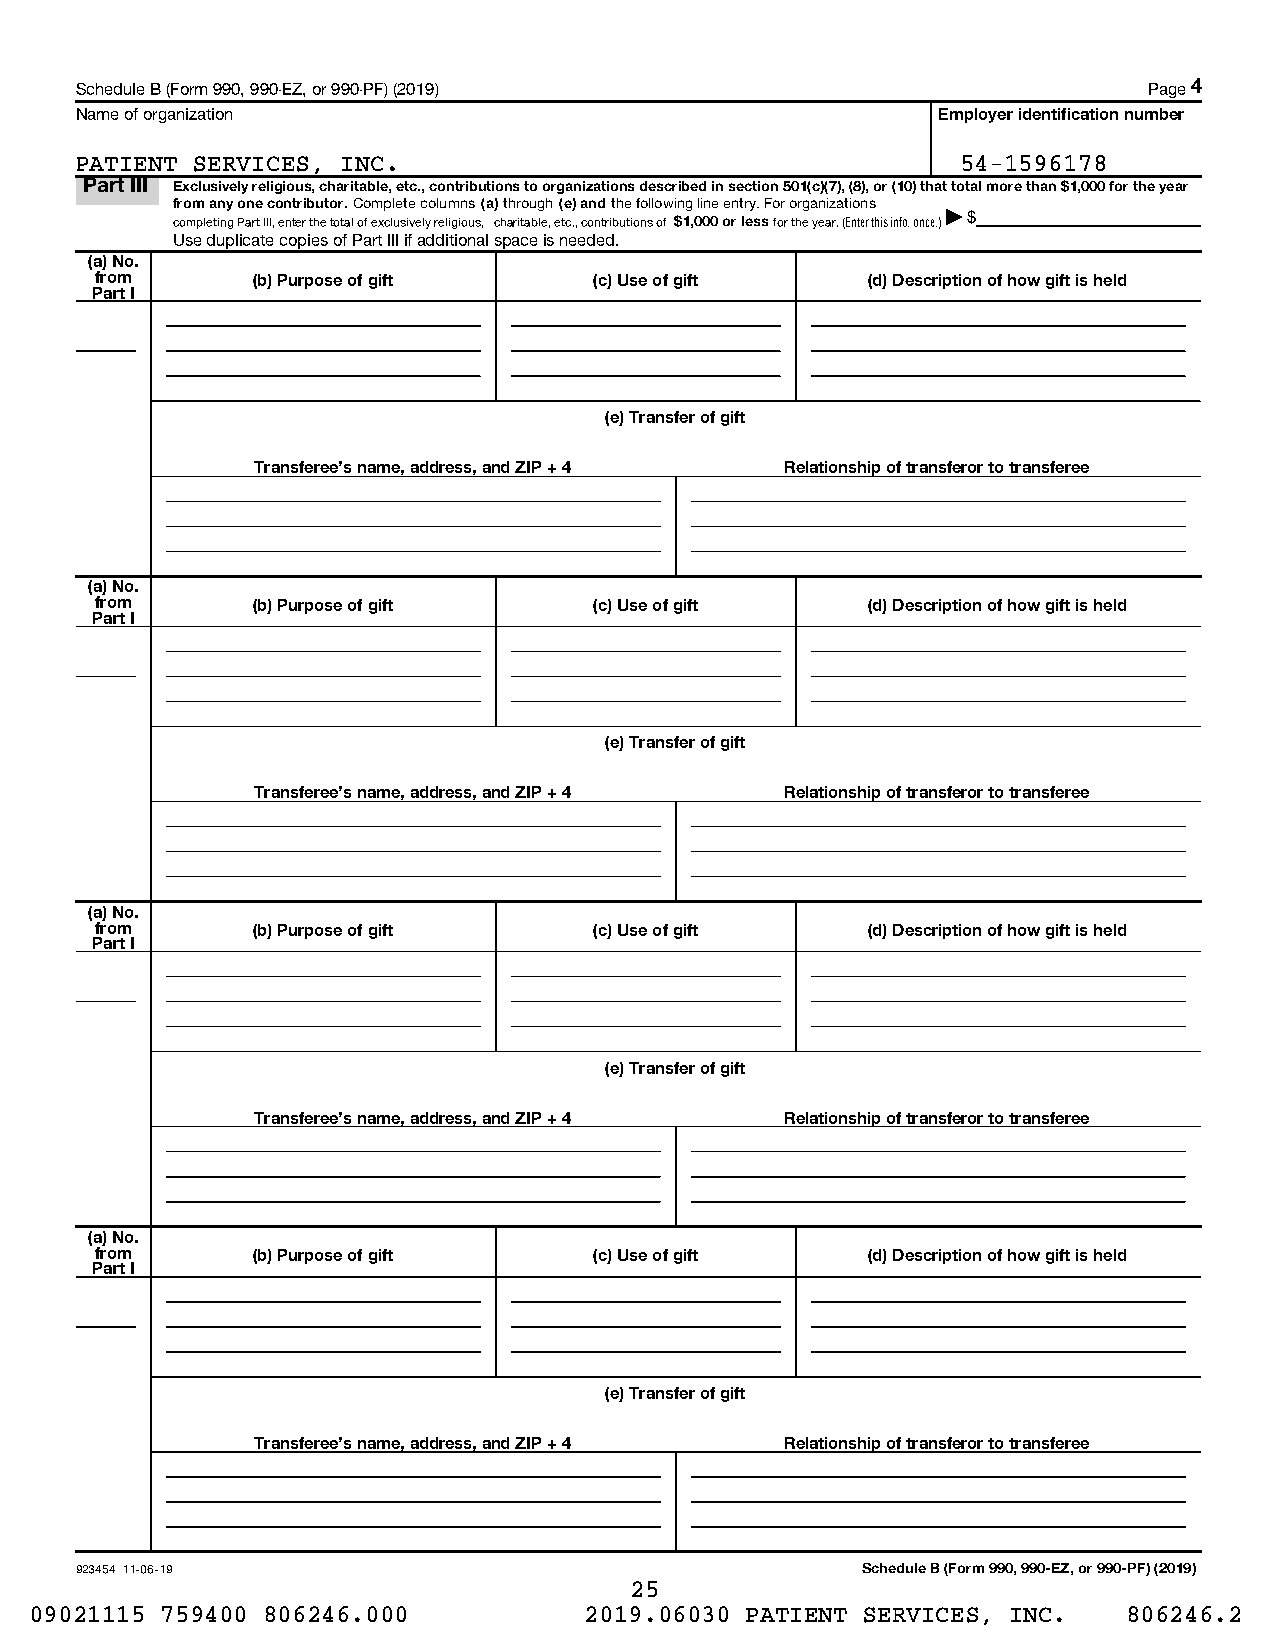
Schedule B (Form 990, 990-EZ, or 990-PF) (2019)                        Page 4
 Name of organization                                     Employer identification number
 PATIENT SERVICES, INC.                                     54-1596178
 Part III Exclusively religious, charitable, etc., contributions to organizations described in section 501(c)(7), (8), or (10) that total more than $1,000 for the year
 from any one contributor. Complete columns (a) through (e) and the following line entry. For organizations
 completing Part III, enter the total of exclusively religious, charitable, etc., contributions of $1,000 or less for the year. (Enter this info. once.)| $
 Use duplicate copies of Part III if additional space is needed.
 (a) No.
 from       (b) Purpose of gift   (c) Use of gift   (d) Description of how gift is held
 Part I
 (e) Transfer of gift
 Transferee's name, address, and ZIP + 4 Relationship of transferor to transferee
 (a) No.
 from       (b) Purpose of gift   (c) Use of gift   (d) Description of how gift is held
 Part I
 (e) Transfer of gift
 Transferee's name, address, and ZIP + 4 Relationship of transferor to transferee
 (a) No.
 from       (b) Purpose of gift   (c) Use of gift   (d) Description of how gift is held
 Part I
 (e) Transfer of gift
 Transferee's name, address, and ZIP + 4 Relationship of transferor to transferee
 (a) No.
 from       (b) Purpose of gift   (c) Use of gift   (d) Description of how gift is held
 Part I
 (e) Transfer of gift
 Transferee's name, address, and ZIP + 4 Relationship of transferor to transferee
 923454 11-06-19                                     Schedule B (Form 990, 990-EZ, or 990-PF) (2019)
 25
 09021115 759400 806246.000           2019.06030 PATIENT SERVICES, INC.   806246.2